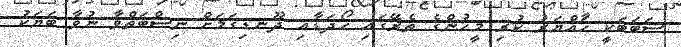
ސަބަބަކީ ހައްޔަރު ކުރި މީހުންގެ ތެރޭގައި ހޯދަޑާއި ދޫނޑިގަމަށް ނިސްބަތްވާ ނުވާ ބަޔަކު